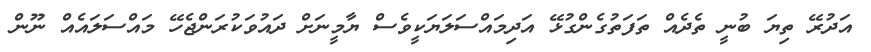
އަދުރޭ ތިޔަ ބުނީ ތެދެއް ތަފަތުގެންގުޅޭ އަދިމައްސަލަޔަކީވެސް ޔާމީނަށް ދައުވަކުރަންޖެހޭ މައްސަލައެއް ނޫން